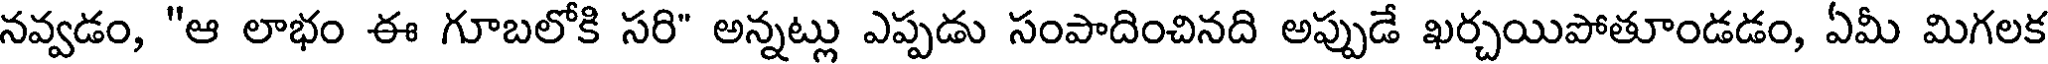
నవ్వడం, "ఆ లాభం ఈ గూబలోకి సరి" అన్నట్లు ఎప్పడు సంపాదించినది అప్పుడే ఖర్చయిపోతూండడం, ఏమీ మిగలక